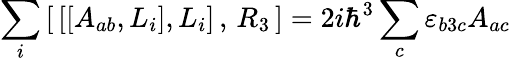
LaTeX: \sum_{i}\left[\, \left[\left[A_{ab},L_{i}\right],L_{i}\right]\, ,\, R_{3}\, \right]=2i\hbar^{3}\sum_{c}\varepsilon_{b3c}A_{ac}